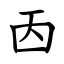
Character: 㐁